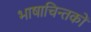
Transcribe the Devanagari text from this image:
भाषाचिन्तकों